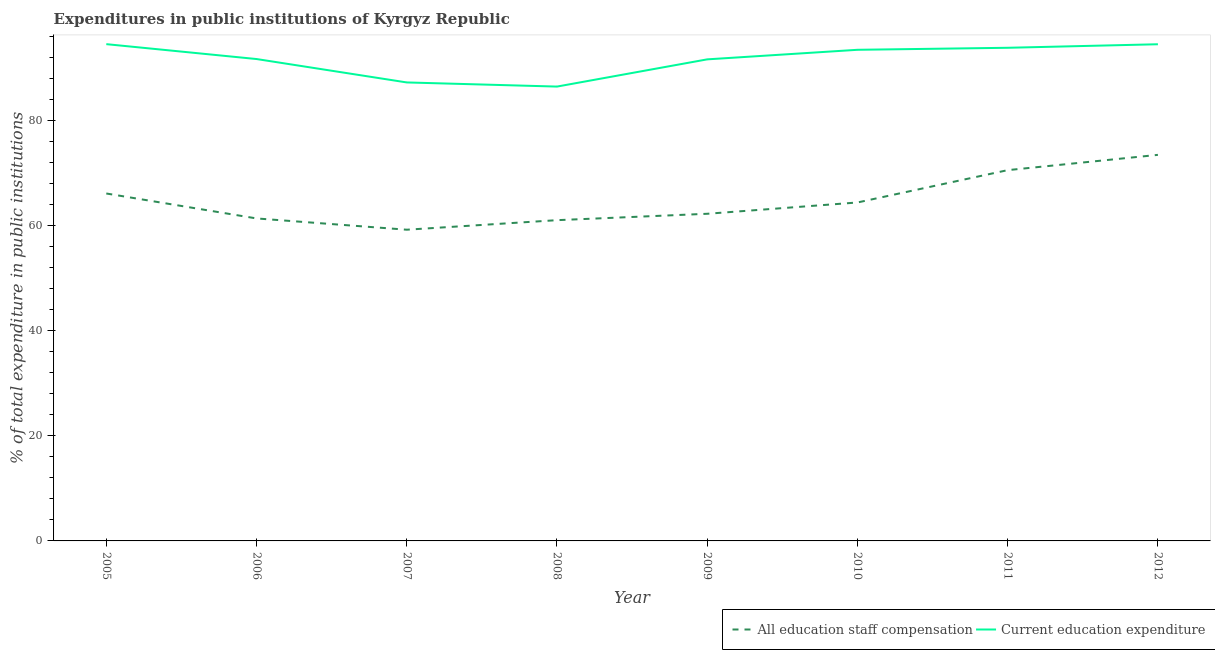
| Year | All education staff compensation | Current education expenditure |
 | --- | --- | --- |
 | 2005 | 66.2 | 94.6 |
 | 2006 | 61.4 | 91.8 |
 | 2007 | 59.3 | 87.3 |
 | 2008 | 61.1 | 86.5 |
 | 2009 | 62.3 | 91.7 |
 | 2010 | 64.5 | 93.5 |
 | 2011 | 70.6 | 93.9 |
 | 2012 | 73.5 | 94.6 |